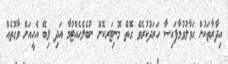
އިދާރާތަކުން ޙަވާލުވުމާފައިސާ ހަރަދުކުރެވޭ ގޮތް މޮނިޓަރކޮށް ނުބެލެހެއްޓުމާ އަދި ލިބޭ އެހީއަށް ވާގޮތެއް